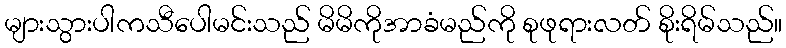
များသွားပါကသီပေါမင်းသည် မိမိကိုအာခံမည်ကို စုဖုရားလတ် စိုးရိမ်သည်။